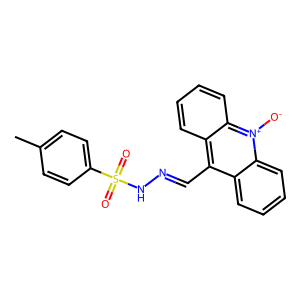
SMILES: Cc1ccc(S(=O)(=O)NN=Cc2c3ccccc3[n+]([O-])c3ccccc23)cc1
Inhibits HIV replication: No